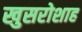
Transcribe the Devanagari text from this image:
खुसरोशाह